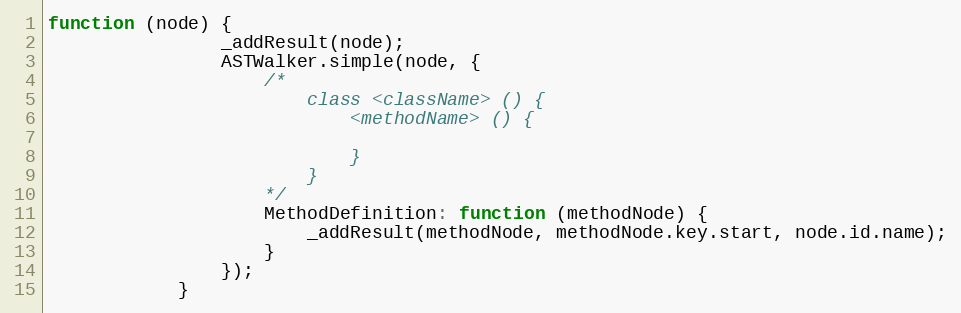
Language: JavaScript
function (node) {
                _addResult(node);
                ASTWalker.simple(node, {
                    /*
                        class <className> () {
                            <methodName> () {

                            }
                        }
                    */
                    MethodDefinition: function (methodNode) {
                        _addResult(methodNode, methodNode.key.start, node.id.name);
                    }
                });
            }